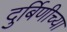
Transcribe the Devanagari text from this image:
दुर्बिणीच्‍या